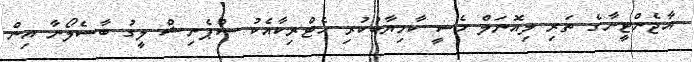
އާޖެންޓީނާގެ ތަރި ލިއޮނަލް މެސީ ކާމިޔާބުކުރި ހެޓްރިކާއެކު ސްޕެނިޝް ލީގު ބާސެލޯނާ އިން